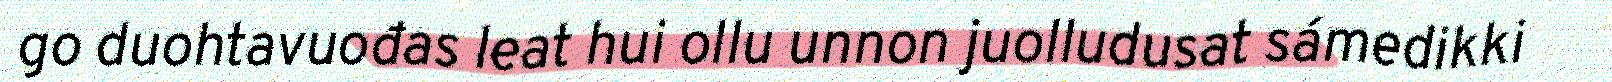
go duohtavuođas leat hui ollu unnon juolludusat sámedikki